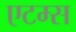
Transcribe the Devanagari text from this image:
एटम्स